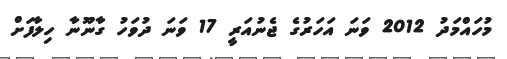
މުހައްމަދު 2012 ވަނަ އަހަރުގެ ޖެނުއަރީ 17 ވަނަ ދުވަހު ގާނޫނާ ހިލާފަށް